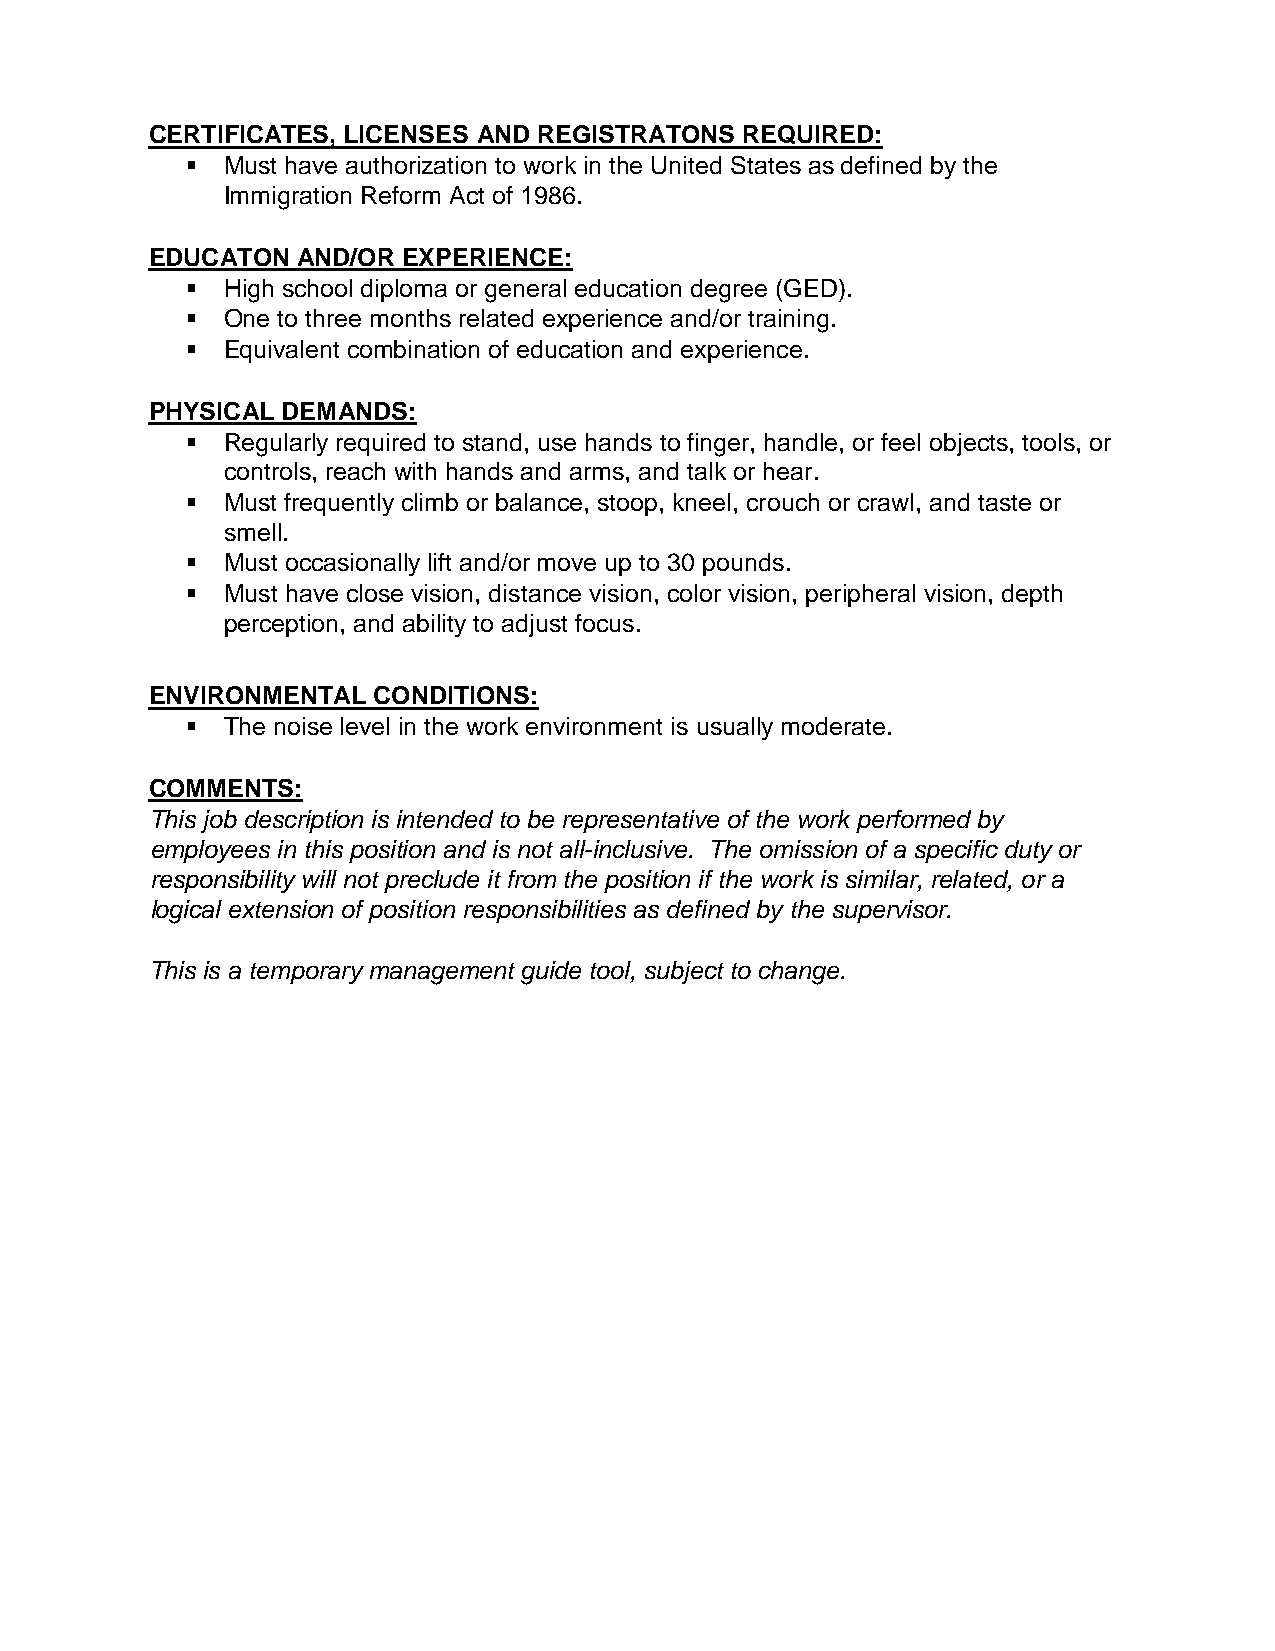
CERTIFICATES, LICENSES AND REGISTRATONS REQUIRED:
   Must have authorization to work in the United States as defined by the
 Immigration Reform Act of 1986.
 EDUCATON  AND/OR EXPERIENCE:
   High school diploma or general education degree (GED).
   One to three months related experience and/or training.
   Equivalent combination of education and experience.
 PHYSICAL DEMANDS:
   Regularly required to stand, use hands to finger, handle, or feel objects, tools, or
 controls, reach with hands and arms, and talk or hear.
   Must frequently climb or balance, stoop, kneel, crouch or crawl, and taste or
 smell.
   Must occasionally lift and/or move up to 30 pounds.
   Must have close vision, distance vision, color vision, peripheral vision, depth
 perception, and ability to adjust focus.
 ENVIRONMENTAL  CONDITIONS:
   The noise level in the work environment is usually moderate.
 COMMENTS:
 This job description is intended to be representative of the work performed by
 employees in this position and is not all-inclusive. The omission of a specific duty or
 responsibility will not preclude it from the position if the work is similar, related, or a
 logical extension of position responsibilities as defined by the supervisor.
 This is a temporary management guide tool, subject to change.